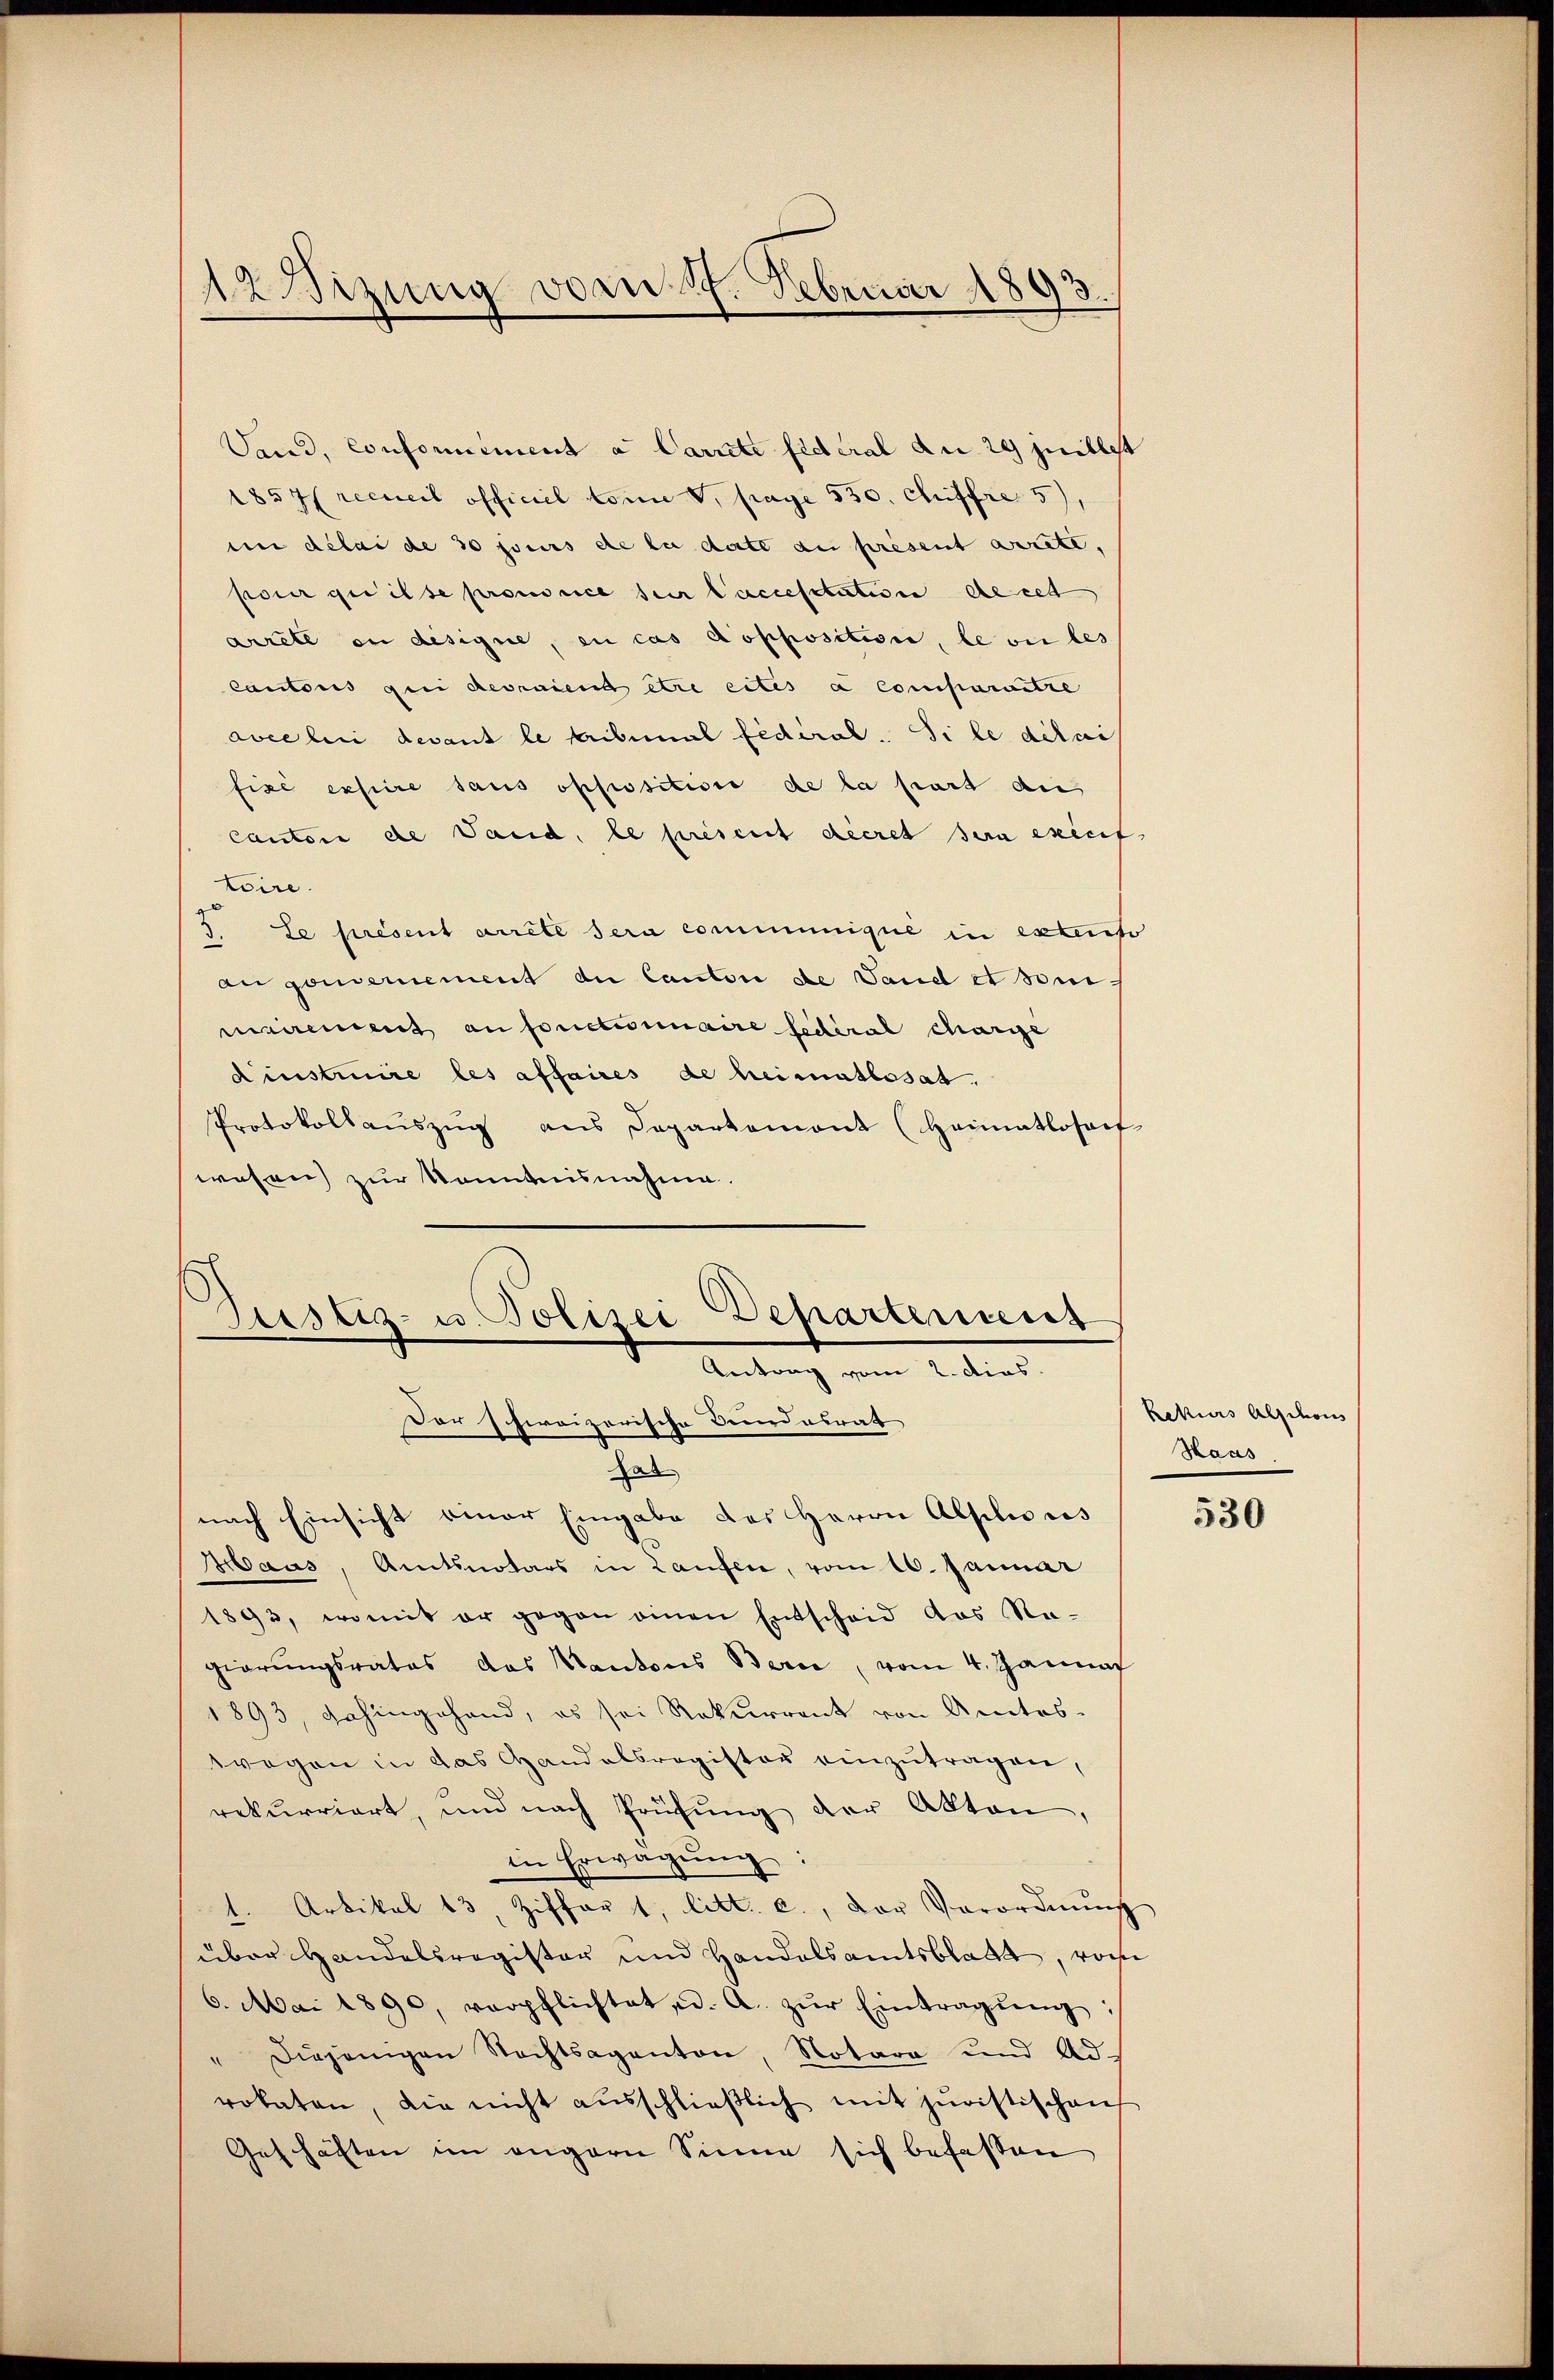
12 Wizung vom 17. Februar 1893.

Sand, conformément a Carrett fideral du 29 juillet
1857 recueil officiel tome V. frage 530. Chiffre 5),
mn délai de 30 jours de la date au présent arrete,
pour quilse prononce sur laccesstation de cett
arrete in designe, en cas dopposition, le ou les
cantons qui devraient et ertes a comparitze
Lee bei devant le tribunal fédéral. Si le ditai
fise expire sans oppositione de la part aus
Cantone de Vaud, le présent décret sera execif
toire.
3. Le présent arrête sera communique in extento
an gendernement du Canton de Vaud et sei.
mairement an fonctionaire federal charge
Dinstruire les affaires de heimatlosat.
Protokollauszug aus Departemont (Heimatlosoph
wesen zur Kenntnisnahme.

Departemens
Sistiz- u. Polizei
Antrag vom 2. dies.
Der schreizerische Bundesrath, |

as
nach Einsicht einer Eingabe des Herrn Alplius
Maus, Amtsnotars in Laufen, vom 16. Januar
1893, womit er gegen einen Entscheid aus Na-
gierungsrates das Kantons Bern, vom 4. Janna
1893, dahingehand, es sei Rekurrent von Amtes-
wegen in das Handelsregister einzutragen,
rekurriert, und nach Prüfŭng der Akten,
in Erwägŭng:
1. Artikel 13, Ziffer 1, litt. c., der Verordnŭng
über Handelsregister und Handelsamtsblatt, von
6. Mai 1890, verpflichtet, d. A. zŭr Eintragŭng:
" diejenigen Rechtsagenton, Notare und Adrokaten, die nicht aŭsschlieβlich mit juristischen
Geschäften im engern Sinne sich befassen

Rekurs alsdan
Haas

530